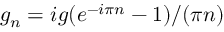
g _ { n } = i g ( e ^ { - i \pi n } - 1 ) / ( \pi n )